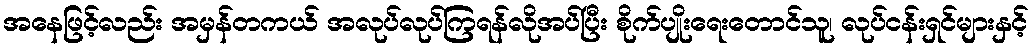
အနေဖြင့်လည်း အမှန်တကယ် အလုပ်လုပ်ကြရန်လိုအပ်ပြီး စိုက်ပျိုးရေးတောင်သူ၊ လုပ်ငန်းရှင်များနှင့်